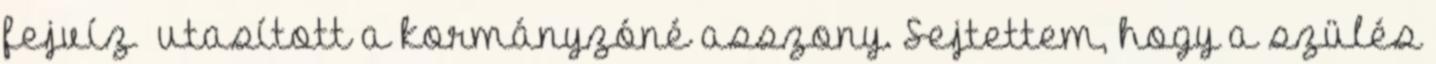
fejvíz –utasított a kormányzóné asszony. Sejtettem, hogy a szülés